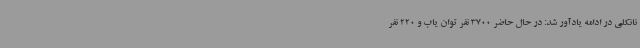
نانکلی در ادامه یادآور شد: در حال حاضر 3700 نفر توان یاب و 220 نفر